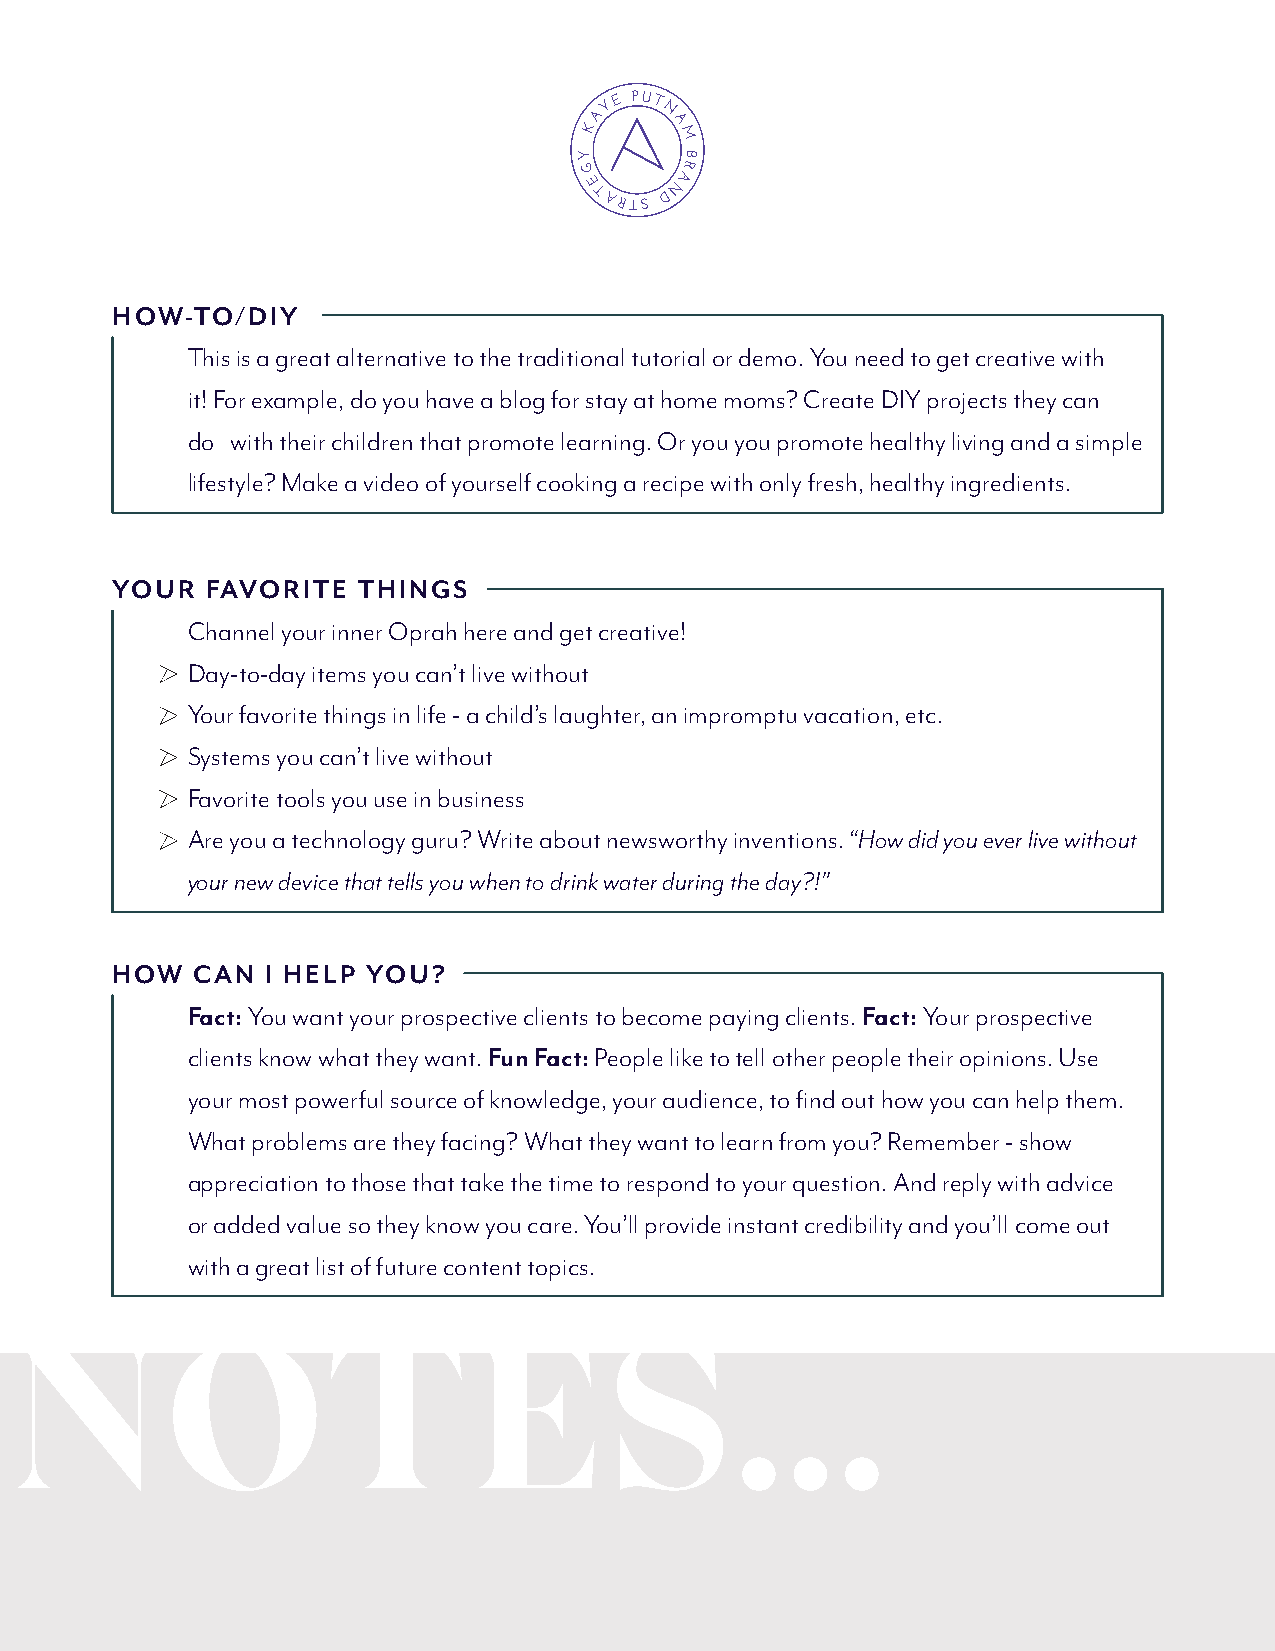
Y E PUT
 A    N
 K    A
 M
 Y      B
 R
 G      A
 E     N
 T ARTS D
 HOW-TO/DIY
 This is a great alternative to the traditional tutorial or demo. You need to get creative with
 it! For example, do you have a blog for stay at home moms? Create DIY projects they can
 do with their children that promote learning. Or you you promote healthy living and a simple
 lifestyle? Make a video of yourself cooking a recipe with only fresh, healthy ingredients.
 YOUR   FAVORITE  THINGS
 Channel your inner Oprah here and get creative!
 Day-to-day items you can’t live without
 Your favorite things in life - a child’s laughter, an impromptu vacation, etc.
 Systems you can’t live without
 Favorite tools you use in business
 Are you a technology guru? Write about newsworthy inventions. “How did you ever live without
 your new device that tells you when to drink water during the day?!”
 HOW   CAN  I HELP YOU?
 Fact: You want your prospective clients to become paying clients. Fact: Your prospective
 clients know what they want. Fun Fact: People like to tell other people their opinions. Use
 your most powerful source of knowledge, your audience, to find out how you can help them.
 What problems are they facing? What they want to learn from you? Remember - show
 appreciation to those that take the time to respond to your question. And reply with advice
 or added value so they know you care. You’ll provide instant credibility and you’ll come out
 with a great list of future content topics.
 N         OT                  E        S        .  .   .